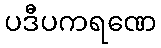
ပဒီပကရဏေ